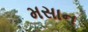
મસાન